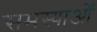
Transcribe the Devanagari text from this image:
समस्याओँ